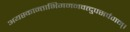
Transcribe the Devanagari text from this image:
अयस्कान्ताभिगमनवत्दुपसर्पणम्।